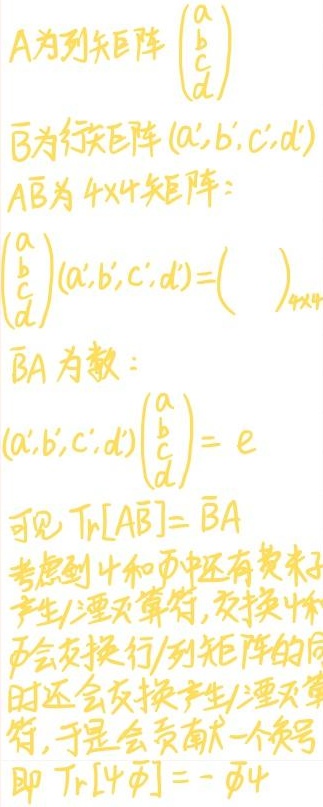
$A$为列矩阵$\begin{pmatrix}a\\b\\c\\d\end{pmatrix}$

$\bar{B}$为行矩阵$(a',b',c',d')$

$AB$为$4\times4$矩阵：

$\begin{pmatrix}a\\b\\c\\d\end{pmatrix}(a',b',c',d') = (\ \ \ )_{4\times4}$

$\bar{B}A$为数：

$(a',b',c',d')\begin{pmatrix}a\\b\\c\\d\end{pmatrix}=e$

可见$\mathrm{Tr}[A\bar{B}]=\bar{B}A$

考虑到$\psi$和$\bar{\psi}$中还有费米子产生/湮灭算符，交换$\psi$和$\bar{\psi}$会交换行/列矩阵的同时还会交换产生/湮灭算符，于是会贡献一个负号

即$\mathrm{Tr}[\psi\bar{\psi}]=-\bar{\psi}\psi$